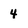
Character: 4